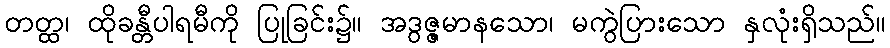
တတ္ထ၊ ထိုခန္တီပါရမီကို ပြုခြင်း၌။ အဒွဇ္ဇမာနသော၊ မကွဲပြားသော နှလုံးရှိသည်။